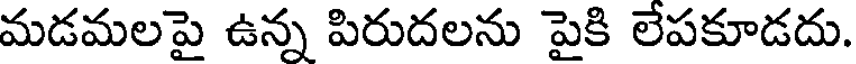
మడమలపై ఉన్న పిరుదలను పైకి లేపకూడదు.